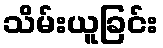
သိမ်းယူခြင်း